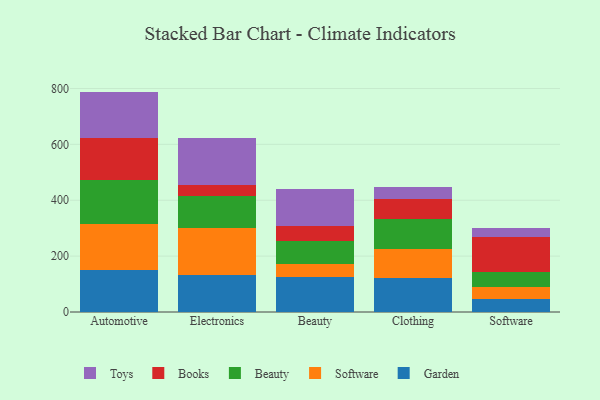
{"axis": {"x": "Category", "y": "Website Visitors"}, "legend": ["Beauty", "Books", "Garden", "Software", "Toys"], "data": [{"x": "Automotive", "y": 149.3, "type": "Garden"}, {"x": "Automotive", "y": 166.7, "type": "Software"}, {"x": "Automotive", "y": 157.4, "type": "Beauty"}, {"x": "Automotive", "y": 150.6, "type": "Books"}, {"x": "Automotive", "y": 164.8, "type": "Toys"}, {"x": "Electronics", "y": 130.9, "type": "Garden"}, {"x": "Electronics", "y": 170.7, "type": "Software"}, {"x": "Electronics", "y": 113.0, "type": "Beauty"}, {"x": "Electronics", "y": 38.2, "type": "Books"}, {"x": "Electronics", "y": 168.6, "type": "Toys"}, {"x": "Beauty", "y": 126.9, "type": "Garden"}, {"x": "Beauty", "y": 43.3, "type": "Software"}, {"x": "Beauty", "y": 84.6, "type": "Beauty"}, {"x": "Beauty", "y": 53.9, "type": "Books"}, {"x": "Beauty", "y": 132.5, "type": "Toys"}, {"x": "Clothing", "y": 120.8, "type": "Garden"}, {"x": "Clothing", "y": 106.0, "type": "Software"}, {"x": "Clothing", "y": 107.8, "type": "Beauty"}, {"x": "Clothing", "y": 68.3, "type": "Books"}, {"x": "Clothing", "y": 43.6, "type": "Toys"}, {"x": "Software", "y": 47.6, "type": "Garden"}, {"x": "Software", "y": 41.7, "type": "Software"}, {"x": "Software", "y": 54.4, "type": "Beauty"}, {"x": "Software", "y": 125.7, "type": "Books"}, {"x": "Software", "y": 31.6, "type": "Toys"}]}